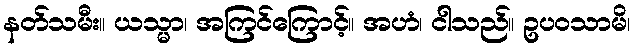
နတ်သမီး။ ယသ္မာ၊ အကြင်ကြောင့်။ အဟံ၊ ငါသည်။ ဥပဝသာမိ၊